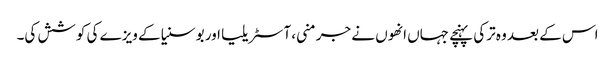
اس کے بعد وہ ترکی پہنچے جہاں انھوں نے جرمنی، آسٹریلیا اور بوسنیا کے ویزے کی کوشش کی۔